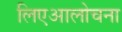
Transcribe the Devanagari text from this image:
लिएआलोचना